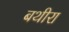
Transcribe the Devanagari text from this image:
बथीरा